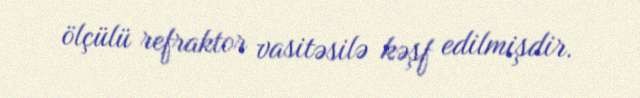
ölçülü refraktor vasitəsilə kəşf edilmişdir.